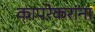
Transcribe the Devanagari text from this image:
कापरेकरांना